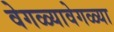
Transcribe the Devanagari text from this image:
वेगळ्यावेगळ्या